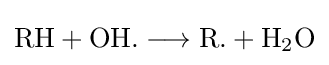
{{\mathit {\mathrm {R} }}{\text{H}}{}+{}{\mathit {\mathrm {OH} }}{\text{.}}{}\mathrel {\longrightarrow } {}{\mathit {\mathrm {R} }}{\text{.}}{}+{}{\mathit {\mathrm {H} }}{\vphantom {A}}_{\smash[{t}]{2}}\mathrm {O} }